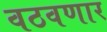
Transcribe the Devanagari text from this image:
वठवणार